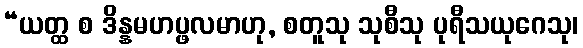
“ယတ္ထ စ ဒိန္နမဟပ္ဖလမာဟု, စတူသု သုစီသု ပုရီသယုဂေသု၊